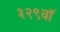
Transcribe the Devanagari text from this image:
३२९वॉ